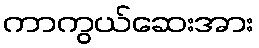
ကာကွယ်ဆေးအား